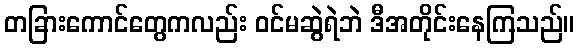
တခြားကောင်တွေကလည်း ဝင်မဆွဲရဲဘဲ ဒီအတိုင်းနေကြသည်။